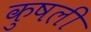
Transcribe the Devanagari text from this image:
कुषली